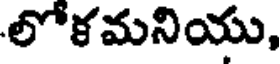
లోకమనియు,